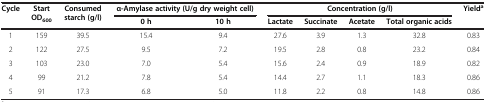
| <ROWSPAN=2> Cycle | <ROWSPAN=2> Start OD600 | <ROWSPAN=2> Consumed starch (g/l) | <COLSPAN=2> α-Amylase activity (U/g dry weight cell) | <COLSPAN=4> Concentration (g/l) | <ROWSPAN=2> Yielda |
 | 0 h | 10 h | Lactate | Succinate | Acetate | Total organic acids |
 | --- | --- | --- | --- | --- | --- | --- | --- | --- | --- |
 | 1 | 159 | 39.5 | 15.4 | 9.4 | 27.6 | 3.9 | 1.3 | 32.8 | 0.83 |
 | 2 | 122 | 27.5 | 9.5 | 7.2 | 19.5 | 2.8 | 0.8 | 23.2 | 0.84 |
 | 3 | 103 | 23.0 | 7.0 | 5.4 | 15.6 | 2.4 | 0.9 | 18.9 | 0.82 |
 | 4 | 99 | 21.2 | 7.8 | 5.4 | 14.4 | 2.7 | 1.1 | 18.3 | 0.86 |
 | 5 | 91 | 17.3 | 6.8 | 5.0 | 11.8 | 2.2 | 0.8 | 14.8 | 0.86 |